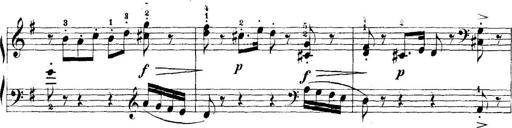
Title: 5 Sonatinas
Composer: Theodor Kirchner